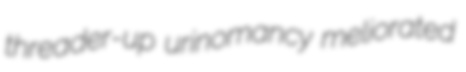
threader-up urinomancy meliorated